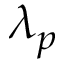
\lambda _ { p }